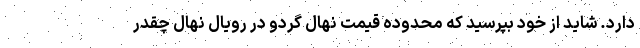
دارد. شاید از خود بپرسید که محدوده قیمت نهال گردو در رویال نهال چقدر